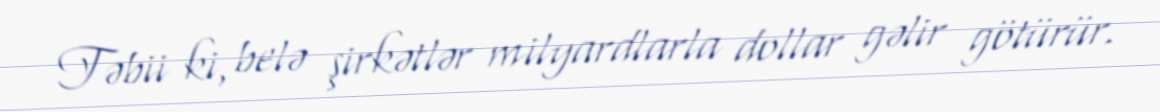
Təbii ki, belə şirkətlər milyardlarla dollar gəlir götürür.